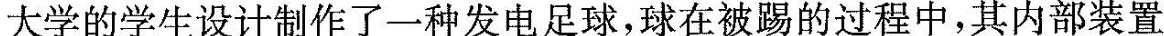
大学的学生设计制作了一种发电足球，球在被踢的过程中，其内部装置